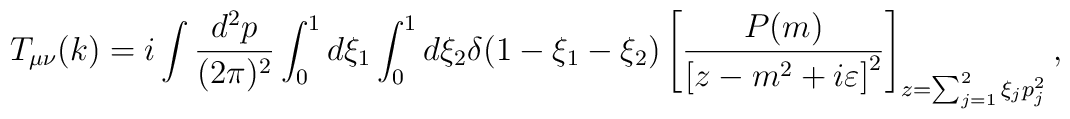
T_{\mu\nu}(k)=i\int \frac{d^2p}{(2\pi )^2}\int_0^1d\xi_1\int_0^1d\xi_2\delta (1-\xi_1-\xi_2) \left[\frac{ P(m)}{\left[ z -m^2+i\varepsilon\right]^2 }\right]_{z=\sum_{j=1}^2\xi_jp_j^2},